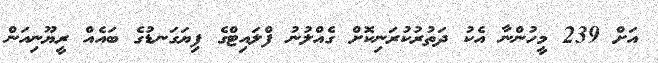
އަށް 239 މީހުންނާ އެކު ދަތުރުކުރަނިކޮށް ގެއްލުނު ފްލައިޓްގެ ފިޔަގަނޑުގެ ބައެއް ރީޔޫނިއަން